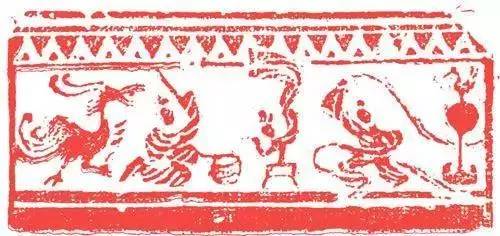
垓下美人泣楚歌，定陶美人泣楚舞，真龙亦鼠虎亦鼠。